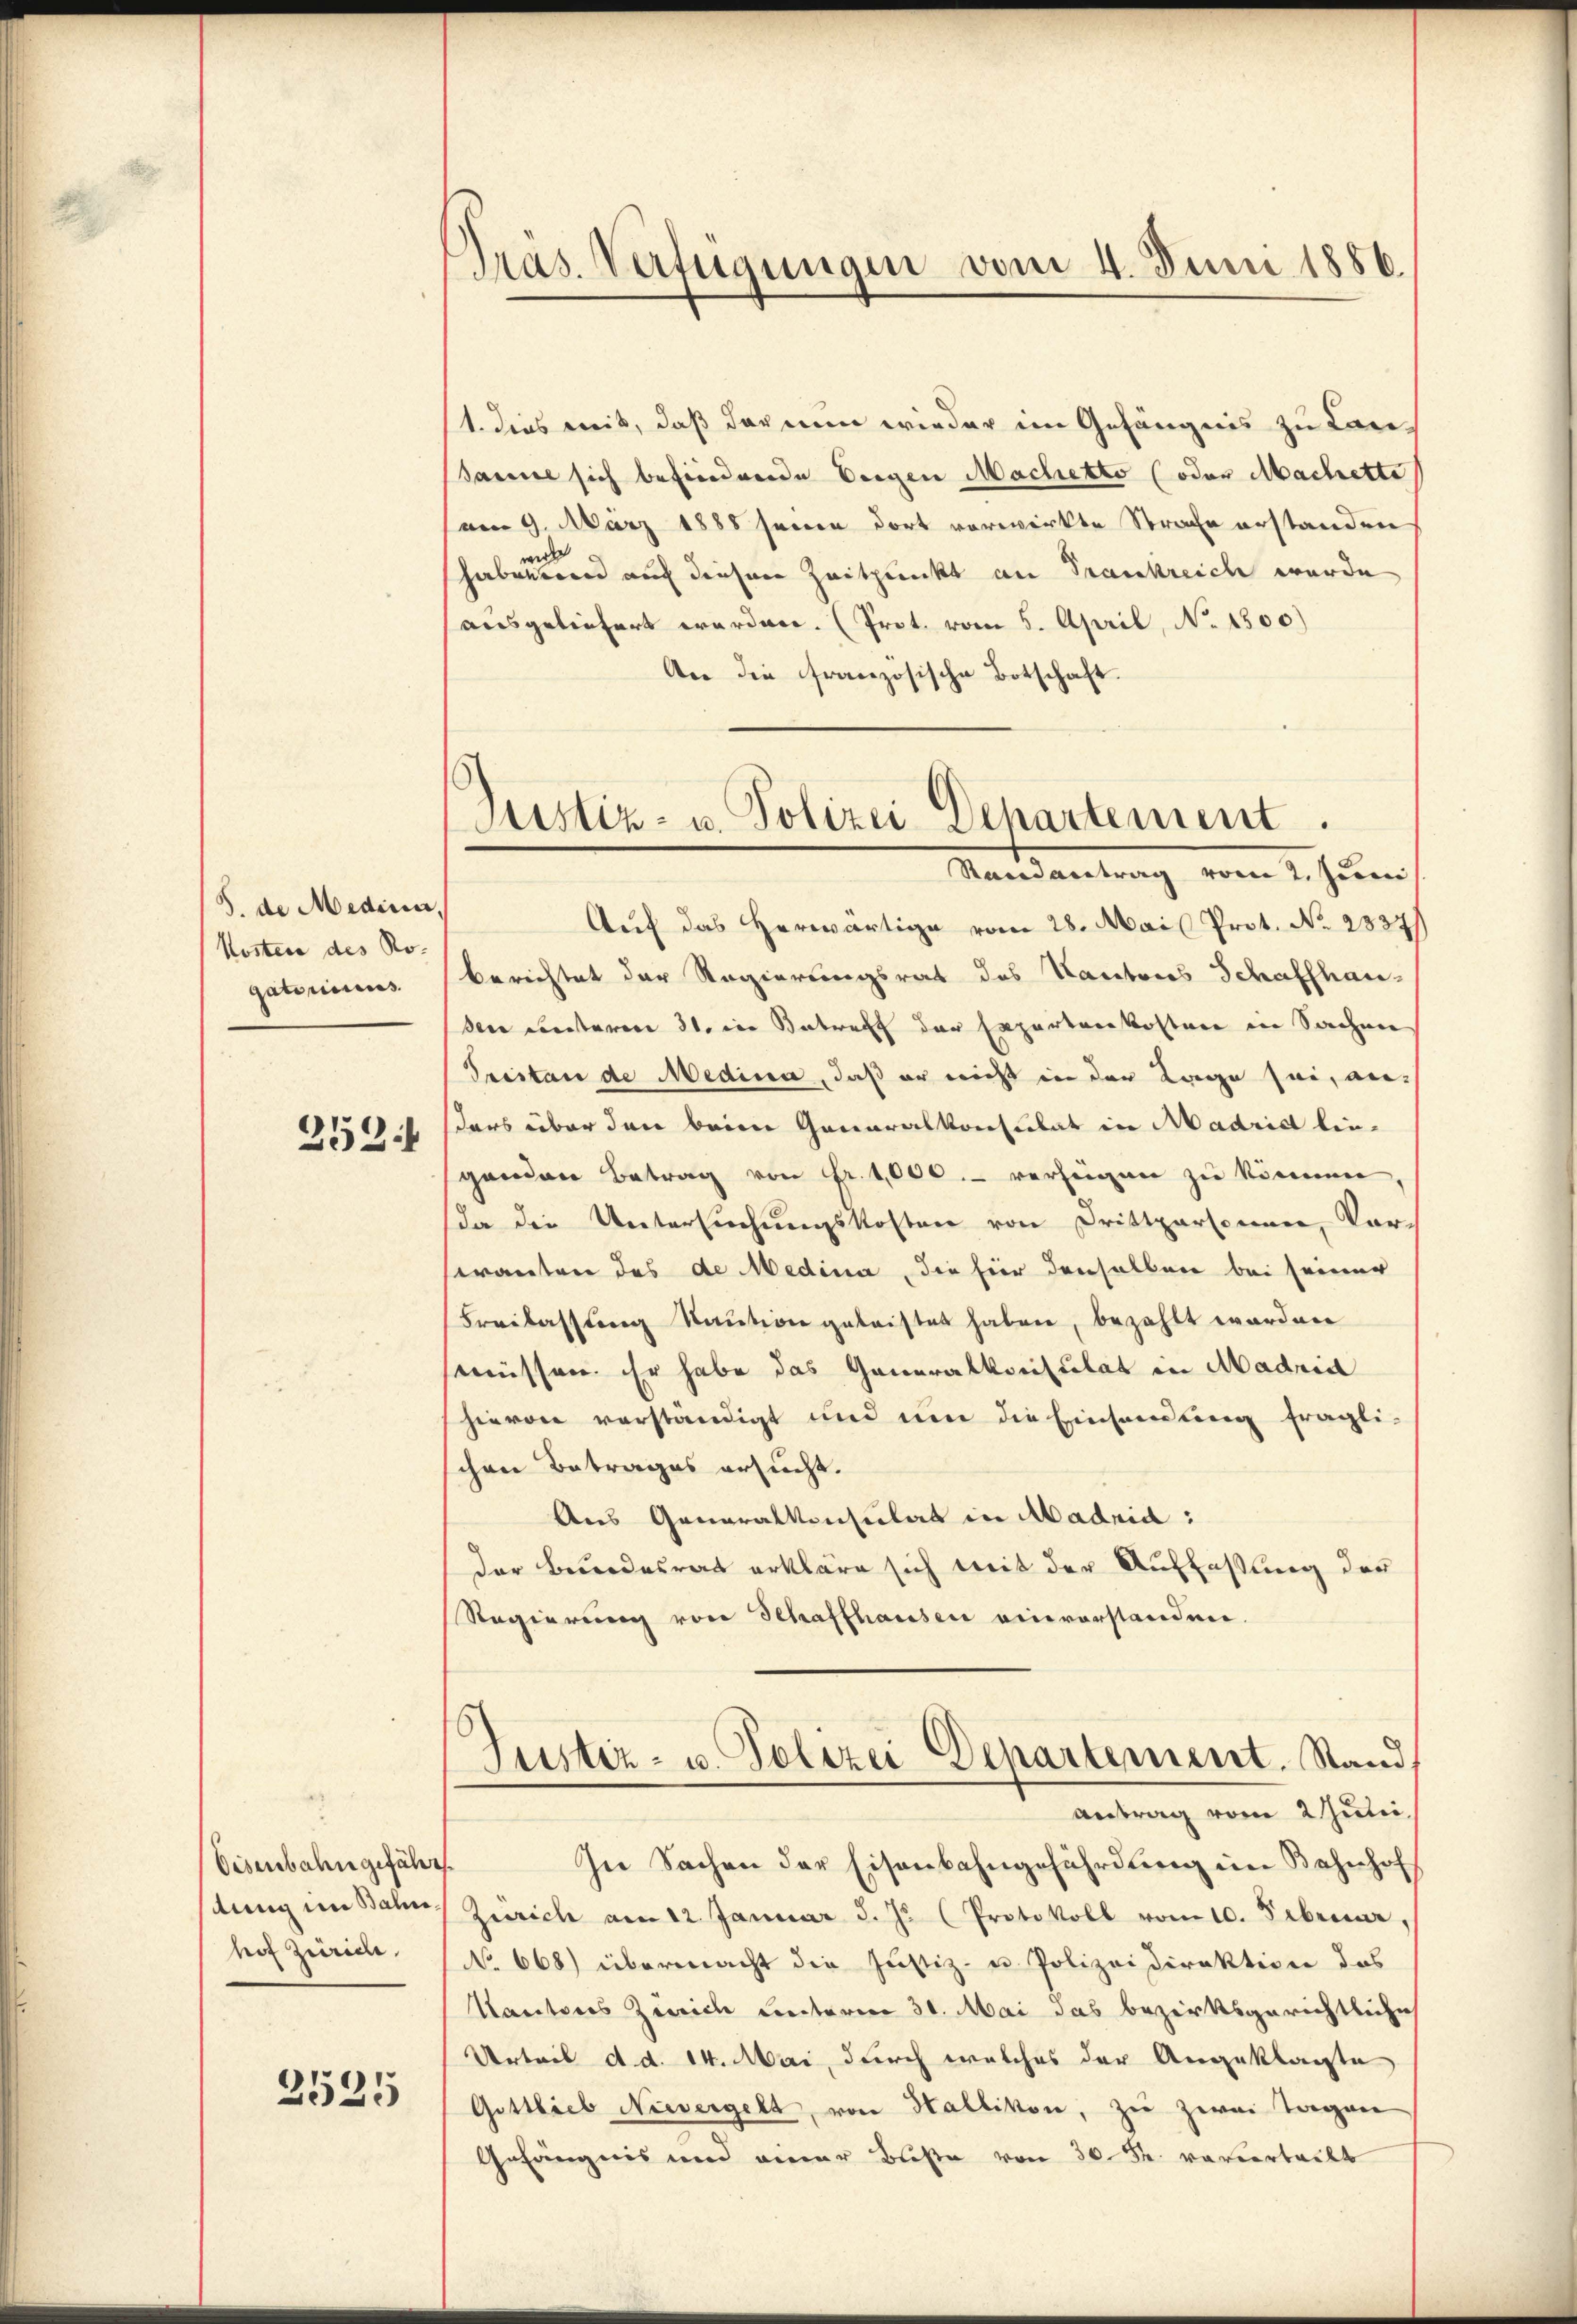
J. de Medina,
Kosten des Ro-
gatoriens

252

Eisenbahn gefähr
stung im Bahn,
hof Zürich,
2525

Präs. Verfügungen vom 4. Juni 1886.

1. dies mit, daß der nun wieder im Gefängnis zu Lan¬
Samuel sich befindende beigen Machetto (oder Machette
am 9. März 1888 seinen dort vorwirkte Strafe erstanden
wiede
habenden auf dieser Zeitpunkt an Trankreich wurde
ausgeliefert werden. (Prot. vom 5. April, No 1300)
An die französische Botschaft.
Auf das herwärtige vom 28. Mai Prot. No. 2837/
berechtet der Regierungsrat des Kantons Schaffhauden unteren 31. in Betreff der Expertenkosten in Sachen
Pristan de Medina, daß er nicht in der Tage sei, ansars über den beim Generalkonsulat in Madridt lieganden Betrag von Fr. 1000.- verzeigen zu können,
(da die Untersuchungskosten von Drittpersonen, Vor-
eranten des de Medina, die hier denselben bei seiner
Freilasstang Saution geleistet haben, bezahlt worden
mnüssen. Er habe das Generalkonsulat in Madrid
hievon verständigt und um die Einsamung fragli-
chen Betrages ersucht.
Aus Generalkonsulat in Madrid :
der Bundesrat erkläre sich mit der Auffassung der
Regierung von Schaffhausen einvorstanden.
Justiz- u. Polizei Departement. Stand
antrag vom 2 Juli.
In Sachen der Eisenbahngefährdung im Bahnhof
Zürich am 12. Januar d. Js. (Protokoll vom 10. Februar,
No 668) übermacht die Justiz- u. Polizeidirektion das
Kantores Zürich unterm 30. Mai das bezirksgerichtliche
Urteil d. d. 14. Mai, durch welches der Angeklagte
Gittlieb Nievergelt, von Hallikon, zu zwei Tagen
Gefängnis und einer Buße von 30. S. vavierteilt

Justiz- u. Polizei Departement.
Randantrag vom 2. Juni